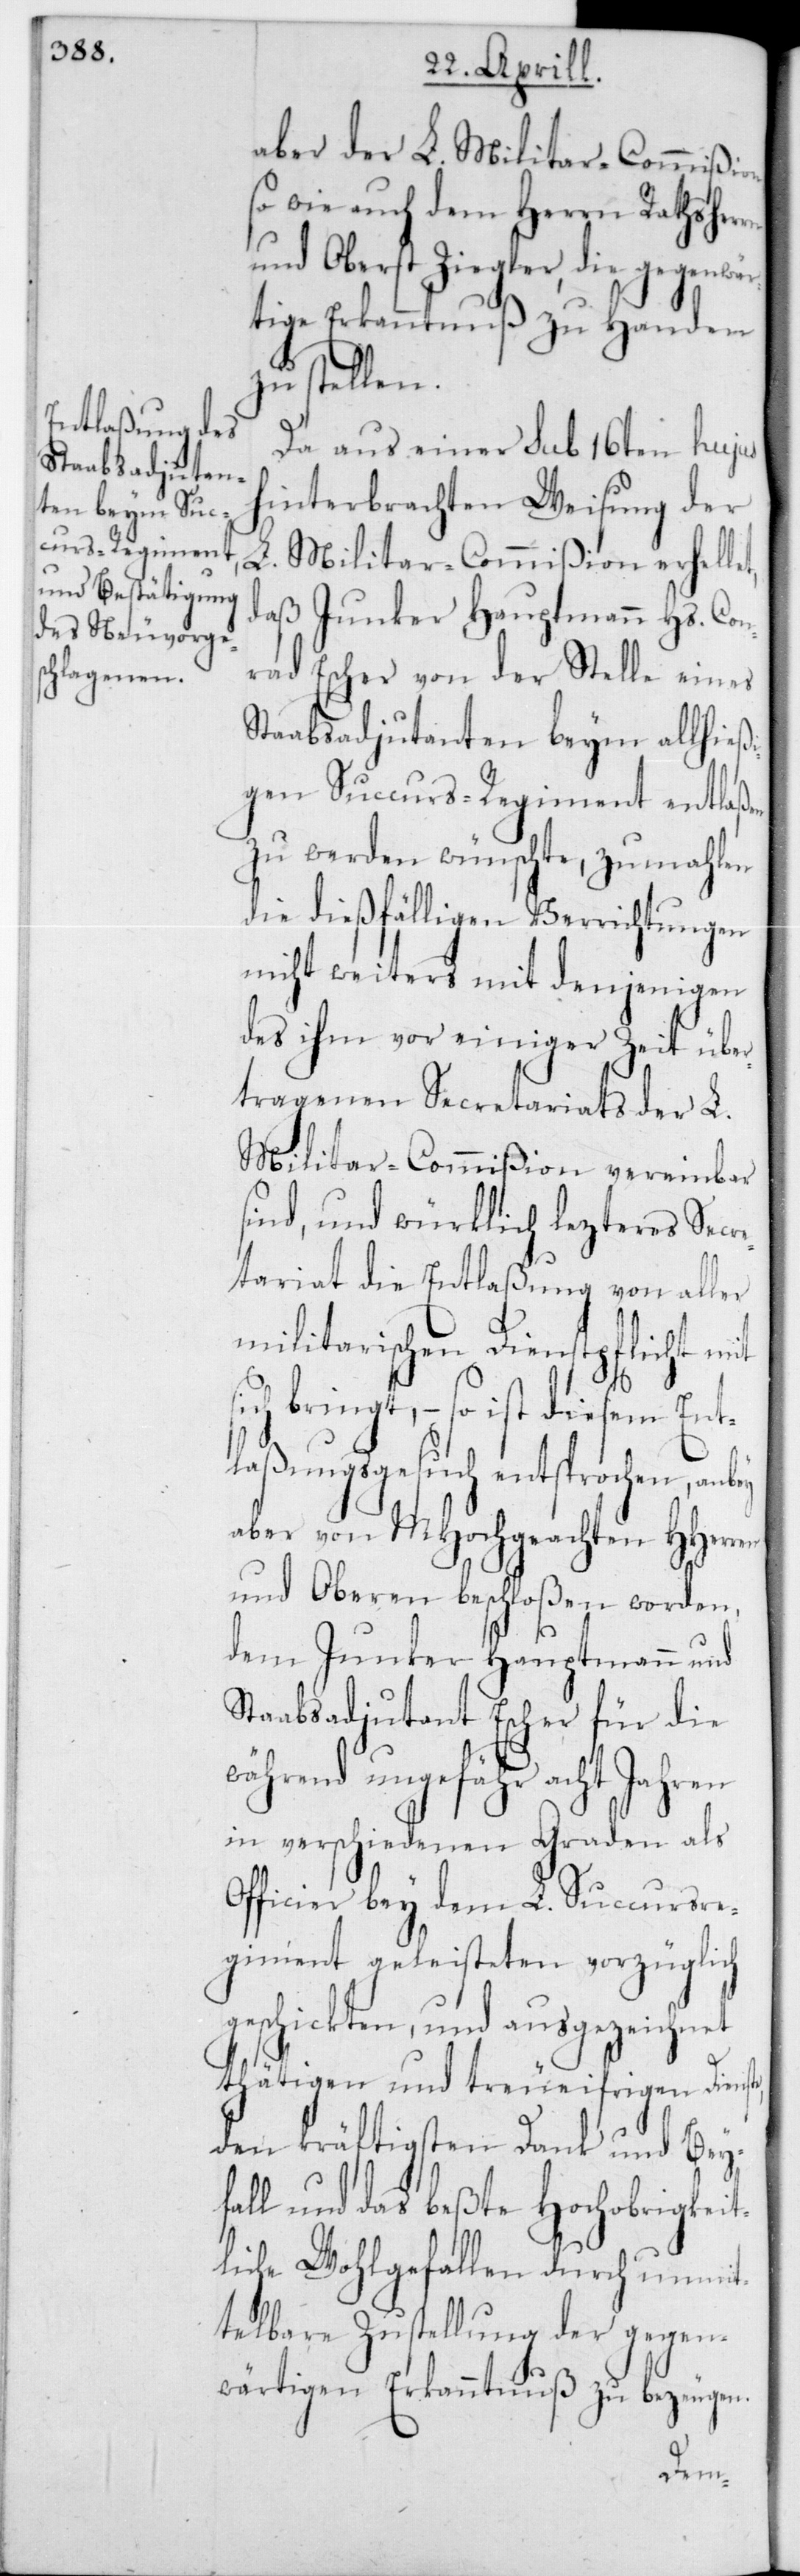
aber der L. Militar-Commißion
sowie auch dem Herrn Rathsherrn
und Oberst Ziegler, die gegenwär¬
tige Erkanntnuß zu Handen
zu stellen.
Da aus einer sub 16ten hujus
hinterbrachten Weisung der
L. Militar-Commißion erhell¬
daß Junker Hauptmann Hs. Con¬
rad Escher von der Stelle eines
Staabsadjudanten beym allhieß¬
igen Succurs-Regiment entlaßen
zu werden wünschte, zumahlen
die dießfälligen Verrichtungen
nicht weiters mit denjenigen
des ihm vor einiger Zeit über¬
tragenen Secretariats der L.
Militar-Commißion vereinbar
sind, und würklich lezteres Secr¬
etariat die Entlaßung von aller
militarischen Dienstpflicht mit
bringt, – so ist diesem Ent¬
laßungsgesuch entsprochen, anbey
aber von MHochgeachten HHerr¬
und Oberen beschloßen worden,
dem Junker Hauptmann und
Staabsadjudant Escher für die
während ungefähr acht Jahren
in verschiedenen Graden als
Officier bey dem L. Succursre¬
giment geleisteten vorzüglich
geschickten, und ausgezeichnet
thätigen und treueifrigen Diens¬
den kräftigsten Dank und Beyf¬
all und das beßte Hochobrigkei¬
tliche Wohlgefallen durch unmit¬
telbare Zustellung der gegen¬
wärtigen Erkanntnuß zu bezeugen.
te,